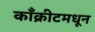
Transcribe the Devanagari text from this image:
काँक्रीटमधून